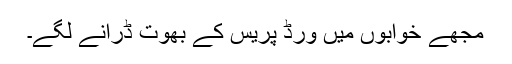
مجھے خوابوں میں ورڈ پریس کے بھوت ڈرانے لگے۔